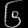
Digit: ၆